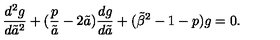
{ \frac { d ^ { 2 } g } { d { \tilde { a } } ^ { 2 } } } + ( { \frac { p } { \tilde { a } } } - 2 \tilde { a } ) { \frac { d g } { d \tilde { a } } } + ( { \tilde { \beta } } ^ { 2 } - 1 - p ) g = 0 .